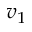
v _ { 1 }